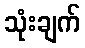
သုံးချက်